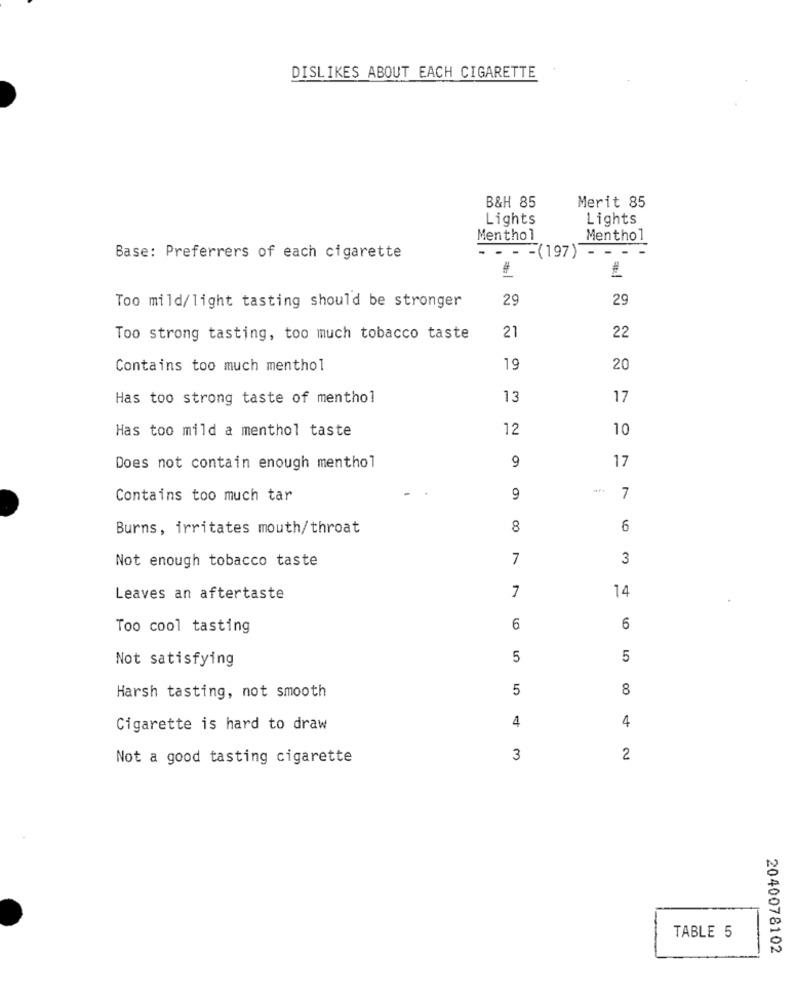
DISLIKES ABOUT EACH CIGARETTE
B&H 85
Merit 85
Lights
Lights
Menthol
Menthol
Base: Preferrers of each cigarette
- - (197) - - -
#
29
29
Too mild/light tasting should be stronger
22
Too strong tasting, too much tobacco taste
21
Contains too much menthol
19
20
Has too strong taste of menthol
13
17
Has too mild a menthol taste
12
10
9
17
Does not contain enough menthol
Contains too much tar
9
7
Burns, irritates mouth/throat
8
6
Not enough tobacco taste
7
3
7
14
Leaves an aftertaste
Too cool tasting
6
6
Not satisfying
5
5
5
8
Harsh tasting, not smooth
4
4
Cigarette is hard to draw
Not a good tasting cigarette
3
2
TABLE 5
2040078102